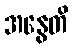
အနွေတိ